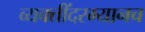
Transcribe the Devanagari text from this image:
व्यक्तींदरम्यानच